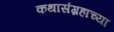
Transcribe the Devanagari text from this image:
कथासंग्रहाच्या